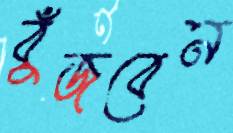
বুঁজবেন